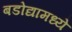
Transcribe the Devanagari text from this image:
बडोद्यामध्ये